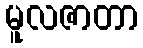
မူလဇာတာ